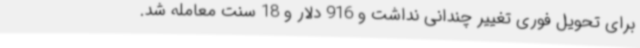
برای تحویل فوری تغییر چندانی نداشت و 916 دلار و 18 سنت معامله شد.